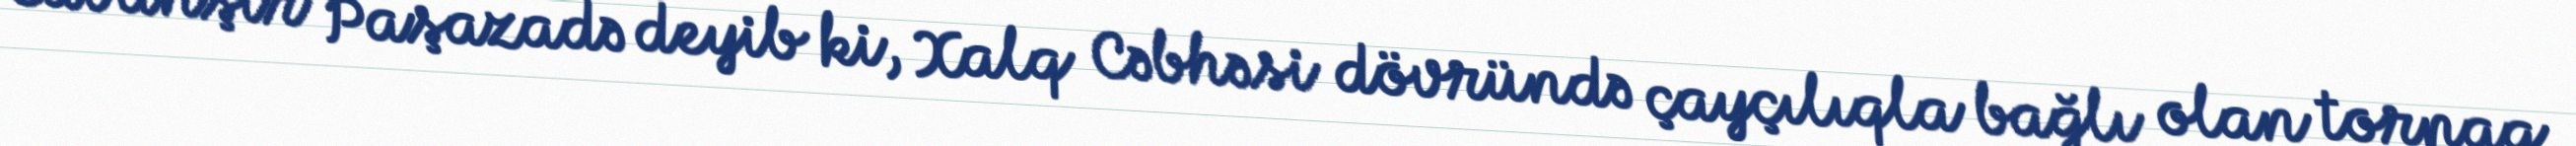
Cavanşir Paşazadə deyib ki, Xalq Cəbhəsi dövründə çayçılıqla bağlı olan torpaq